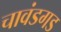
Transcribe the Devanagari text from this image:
चावंडगड